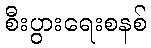
စီးပွားရေးစနစ်